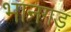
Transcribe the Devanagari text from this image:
भानगड़